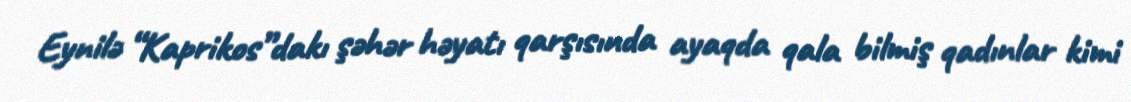
Eynilə “Kaprikos”dakı şəhər həyatı qarşısında ayaqda qala bilmiş qadınlar kimi